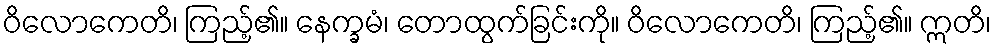
ဝိလောကေတိ၊ ကြည့်၏။ နေက္ခမံ၊ တောထွက်ခြင်းကို။ ဝိလောကေတိ၊ ကြည့်၏။ ဣတိ၊